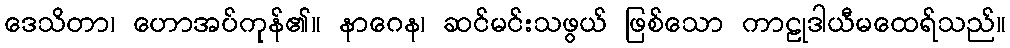
ဒေသိတာ၊ ဟောအပ်ကုန်၏။ နာဂေန၊ ဆင်မင်းသဖွယ် ဖြစ်သော ကာဠုဒါယီမထေရ်သည်။